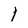
Character: 1